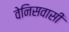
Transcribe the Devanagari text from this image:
वेनिसवासी